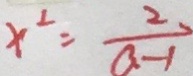
x ^ { 2 } = \frac { 2 } { a - 1 }